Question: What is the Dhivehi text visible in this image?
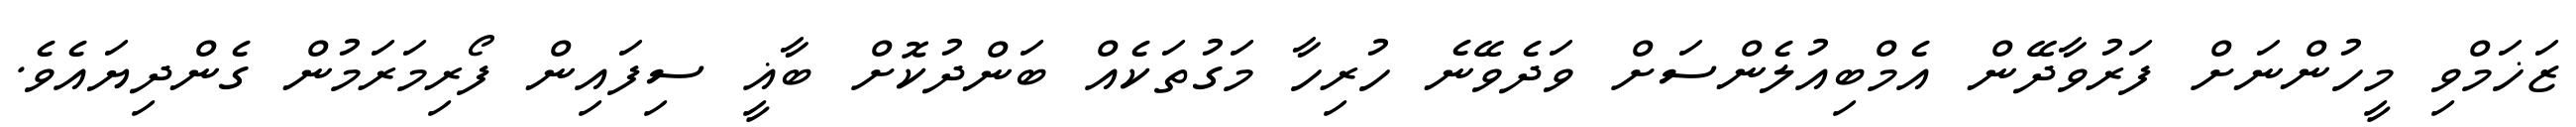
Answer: ޒަޚަމްވި މީހުންނަށް ފަރުވާދޭން އެމްބިއުލެންސަށް ވަދެވޭނެ ހުރިހާ މަގުތަކެއް ބަންދުކޮށް ބާޣީ ސިފައިން ފޯރިމަރަމުން ގެންދިޔައެވެ.